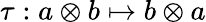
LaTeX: \tau:a\otimes b\mapsto b\otimes a